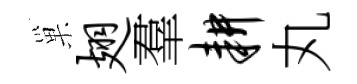
巢翅羣耕丸